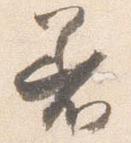
着